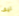
ليف